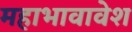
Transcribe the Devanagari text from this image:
महाभावावेश